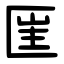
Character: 匩